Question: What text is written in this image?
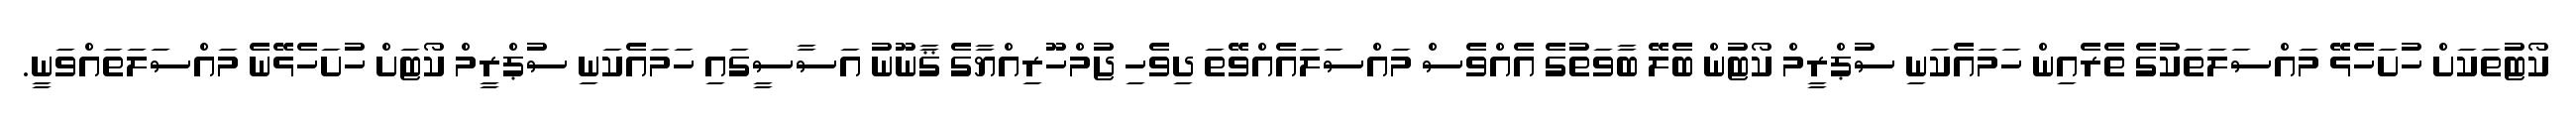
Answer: ކޯޓުތަކަށް ހުށަހެޅޭ މައްސަލަތަކުގެ ތެރެއިން ހަމައެކަނި ސުޕްރީމް ކޯޓުން ބެލޭ ބާވަތުގެ އެއްވެސް މައްސަލައެއްވޭތަ ދިވެހި ޖުމްހޫރިއްޔާގެ ޤާނޫނު އަސާސީގައި ހަމައެކަނި ސުޕްރީމް ކޯޓަށް ހުށަހެޅޭނެ މައްސަލަތައްވަނީ.